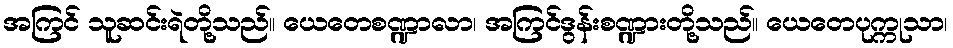
အကြင် သူဆင်းရဲတို့သည်။ ယေတေစဏ္ဍာလာ၊ အကြင်ဒွန်းစဏ္ဍားတို့သည်။ ယေတေပုက္ကုသာ၊